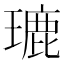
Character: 𤨞